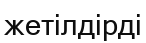
жетілдірді